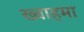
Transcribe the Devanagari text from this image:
ख्वाहमा